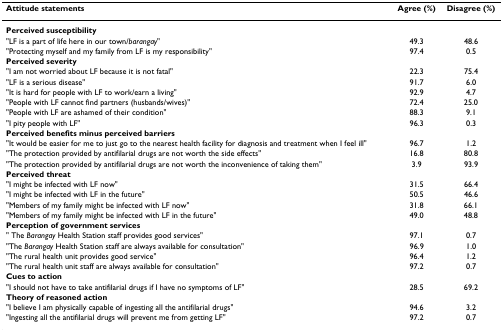
| Attitude statements | Agree (%) | Disagree (%) |
 | --- | --- | --- |
 | Perceived susceptibility |  |  |
 | "LF is a part of life here in our town/barangay" | 49.3 | 48.6 |
 | "Protecting myself and my family from LF is my responsibility" | 97.4 | 0.5 |
 | Perceived severity |  |  |
 | "I am not worried about LF because it is not fatal" | 22.3 | 75.4 |
 | "LF is a serious disease" | 91.7 | 6.0 |
 | "It is hard for people with LF to work/earn a living" | 92.9 | 4.7 |
 | "People with LF cannot find partners (husbands/wives)" | 72.4 | 25.0 |
 | "People with LF are ashamed of their condition" | 88.3 | 9.1 |
 | "I pity people with LF" | 96.3 | 0.3 |
 | Perceived benefits minus perceived barriers |  |  |
 | "It would be easier for me to just go to the nearest health facility for diagnosis and treatment when I feel ill" | 96.7 | 1.2 |
 | "The protection provided by antifilarial drugs are not worth the side effects" | 16.8 | 80.8 |
 | "The protection provided by antifilarial drugs are not worth the inconvenience of taking them" | 3.9 | 93.9 |
 | Perceived threat |  |  |
 | "I might be infected with LF now" | 31.5 | 66.4 |
 | "I might be infected with LF in the future" | 50.5 | 46.6 |
 | "Members of my family might be infected with LF now" | 31.8 | 66.1 |
 | "Members of my family might be infected with LF in the future" | 49.0 | 48.8 |
 | Perception of government services |  |  |
 | " The Barangay Health Station staff provides good services" | 97.1 | 0.7 |
 | "The Barangay Health Station staff are always available for consultation" | 96.9 | 1.0 |
 | "The rural health unit provides good service" | 96.4 | 1.2 |
 | "The rural health unit staff are always available for consultation" | 97.2 | 0.7 |
 | Cues to action |  |  |
 | "I should not have to take antifilarial drugs if I have no symptoms of LF" | 28.5 | 69.2 |
 | Theory of reasoned action |  |  |
 | "I believe I am physically capable of ingesting all the antifilarial drugs" | 94.6 | 3.2 |
 | "Ingesting all the antifilarial drugs will prevent me from getting LF" | 97.2 | 0.7 |